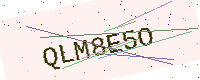
Text: QLM8E5O